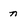
Character: n